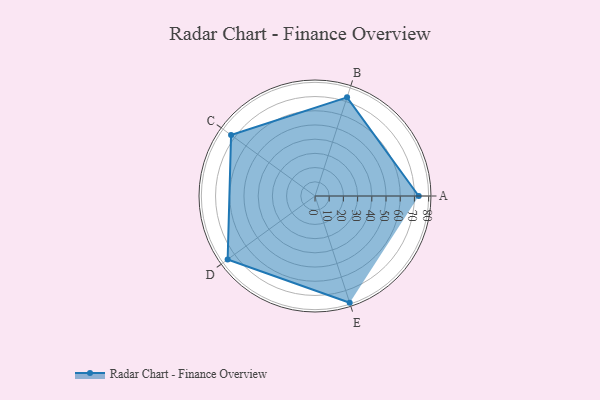
{"axis": {"x": "Skill", "y": "Score"}, "legend": ["Profile"], "data": [{"x": "A", "y": 73.0, "type": "Profile"}, {"x": "B", "y": 73.0, "type": "Profile"}, {"x": "C", "y": 73.0, "type": "Profile"}, {"x": "D", "y": 76.0, "type": "Profile"}, {"x": "E", "y": 79.0, "type": "Profile"}]}